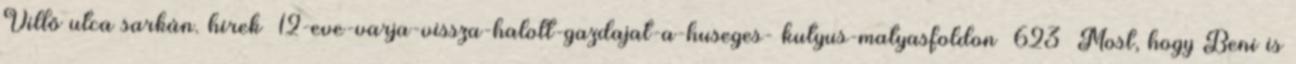
Villő utca sarkán. hirek 12-eve-varja-vissza-halott-gazdajat-a-huseges- kutyus-matyasfoldon 623 Most, hogy Beni is